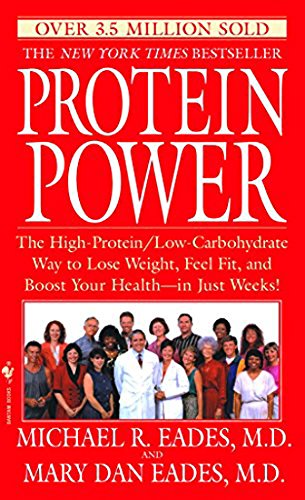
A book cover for Protein Power: The High-Protein/Low Carbohydrate Way to Lose Weight, Feel Fit, and Boost Your Health-in Just Weeks!; Michael R. Eades; Health, Fitness & Dieting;